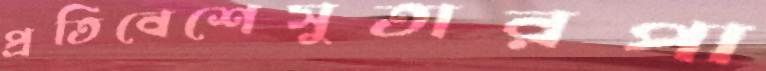
প্রতিবেশেসুতারপা